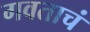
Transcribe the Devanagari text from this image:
गवताचं